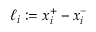
\ell _ { i } : = x _ { i } ^ { + } - x _ { i } ^ { - }